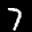
Label: 7